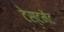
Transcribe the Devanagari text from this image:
टेस्टमेंट